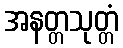
အနတ္တသုတ္တံ